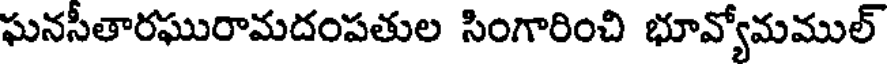
ఘనసీతారఘురామదంపతుల సింగారించి భూవ్యోమముల్